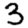
Digit: 3